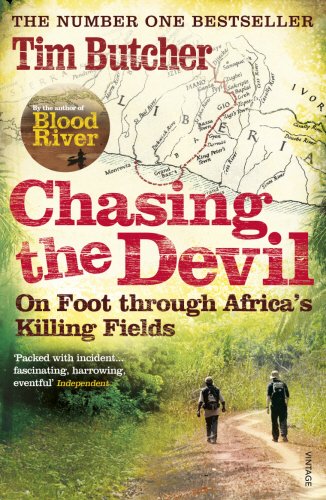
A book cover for Chasing the Devil: On Foot Through Africa's Killing Fields; Tim Butcher; Travel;